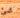
شئ